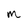
Character: M